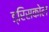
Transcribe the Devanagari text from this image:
ड्रिसकोल